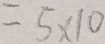
= 5 \times 1 0